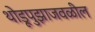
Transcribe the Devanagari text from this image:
थोडूपुझाजवळील